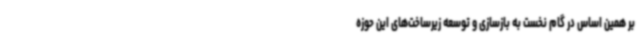
بر همین اساس در گام نخست به بازسازی و توسعه زیرساخت‌های این حوزه